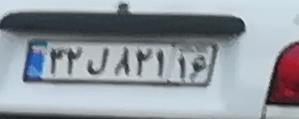
۳۲ل۸۲۱۱۶